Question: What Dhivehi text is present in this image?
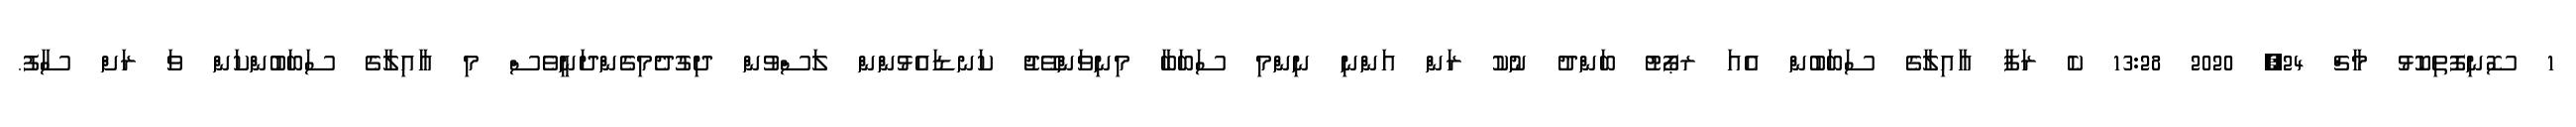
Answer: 1 ސޮނިފޮތިކޮޅު މާޗް 24, 2020 13:28 ކެ ރަފާ އާއިލާގެ ސަބަބުން އެއަ ރޕޯޓު ބަންދު ނުކު ރަން އަންނި ނިންމި ސަބަބާ މިނިވަންވޭޖު ކަނޑައެޅުންން ލަސްވުން ދިގުދެމިގެންދަނީވެސް މި އާއިލާގެ ސަބަބުންކަން ވަ ރަށް ސާފު.